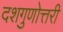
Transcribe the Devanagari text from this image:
दशगुणोत्तरी